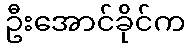
ဦးအောင်ခိုင်က